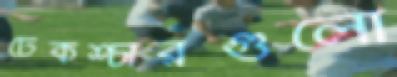
টেকশ্চারগুলো